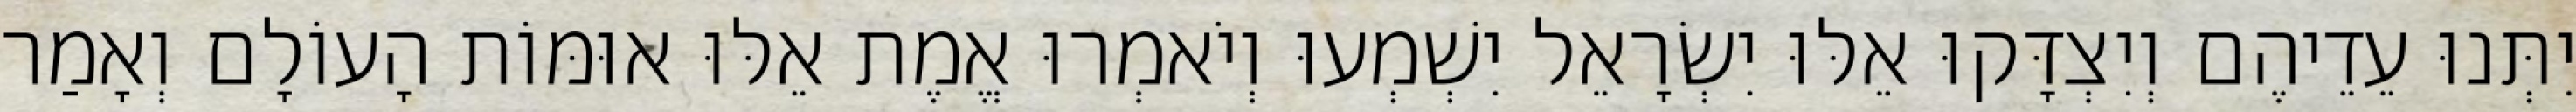
יִתְּנוּ עֵדֵיהֶם וְיִצְדָּקוּ אֵלּוּ יִשְׂרָאֵל יִשְׁמְעוּ וְיֹאמְרוּ אֱמֶת אֵלּוּ אוּמּוֹת הָעוֹלָם וְאָמַר